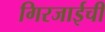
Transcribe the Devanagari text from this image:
गिरजाईची